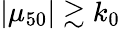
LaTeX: |\mu_{50}|\gtrsim k_{0}